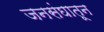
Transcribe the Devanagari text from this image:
जनसंघातून